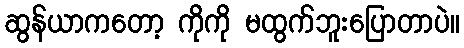
ဆွန်ယာကတော့ ကိုကို မထွက်ဘူးပြောတာပဲ။